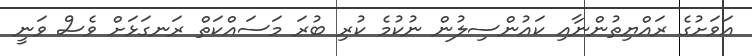
އަވަށުގެ ރައްޔިތުންނާއި ކައުންސިލުން ނުކުމެ ކުރި ބުރަ މަސައްކަތް ރަނގަޅަށް ވެސް ވަނީ